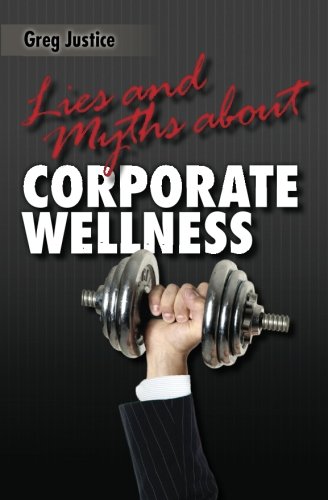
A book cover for Lies & Myths About Corporate Wellness; Greg Justice; Health, Fitness & Dieting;